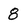
Character: 8